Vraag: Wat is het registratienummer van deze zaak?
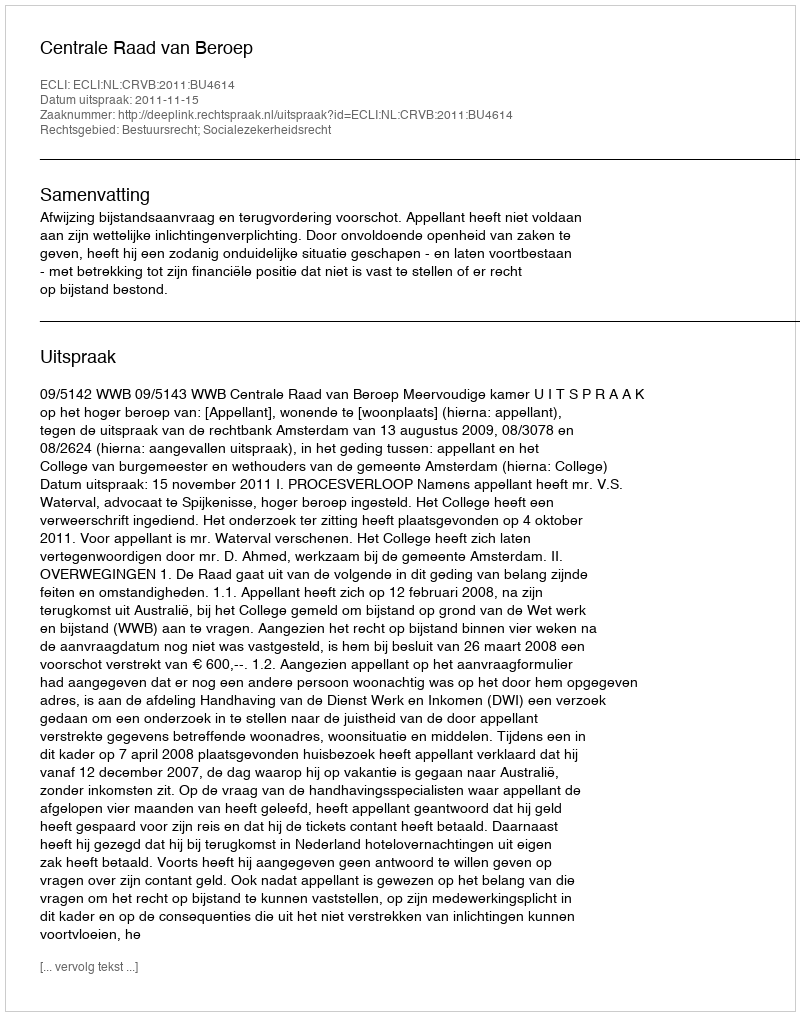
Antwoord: http://deeplink.rechtspraak.nl/uitspraak?id=ECLI:NL:CRVB:2011:BU4614